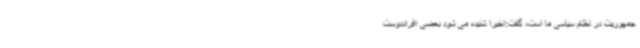
جمهوریت در نظام سیاسی ما است، گفت:اخیرا شنیده می شود بعضی افراددوست